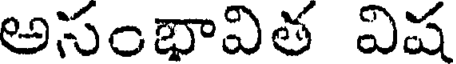
అసంభావిత విష